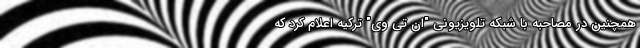
همچنین در مصاحبه با شبکه تلویزیونی "ان تی وی" ترکیه اعلام کرد که